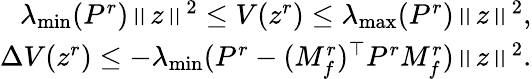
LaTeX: \begin{array}{r}{\lambda_{\operatorname*{min}}(P^{r})\left\| z\right\| ^{2}\leq V(z^{r})\leq\lambda_{\operatorname*{max}}(P^{r})\left\| z\right\| ^{2},}\\ {\Delta V(z^{r})\leq-\lambda_{\operatorname*{min}}(P^{r}-(M_{f}^{r})^{\top}P^{r}M_{f}^{r})\left\| z\right\| ^{2}.}\end{array}